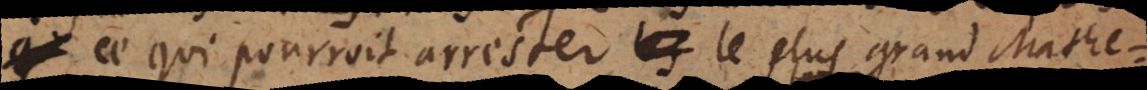
ce qui pourroit arrester le plus grand Mathe